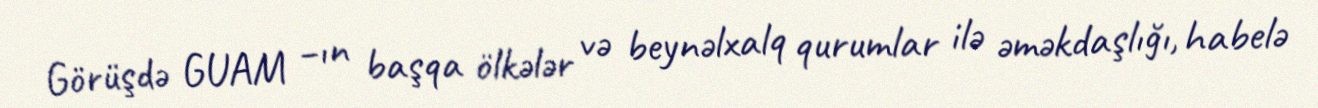
Görüşdə GUAM –ın başqa ölkələr və beynəlxalq qurumlar ilə əməkdaşlığı, habelə